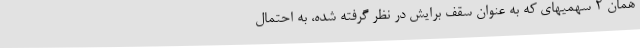
همان 2 سهمیهای که به عنوان سقف برایش در نظر گرفته شده، به احتمال